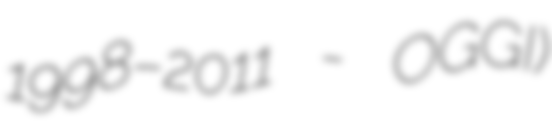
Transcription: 1998–2011 - OGGI)